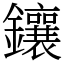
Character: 鑲